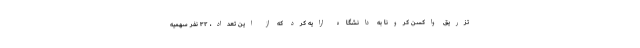
تزریق واکسن کرونا به دانشگاه ارایه کرد که از این تعداد، ۳۲ نفر سهمیه